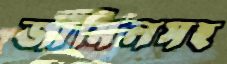
জামিলসহ